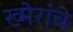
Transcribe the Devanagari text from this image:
ख्मेरांचे